Civil Veterinary Dept. Assam report 1927-50 - 1927-1950
Year: 1927
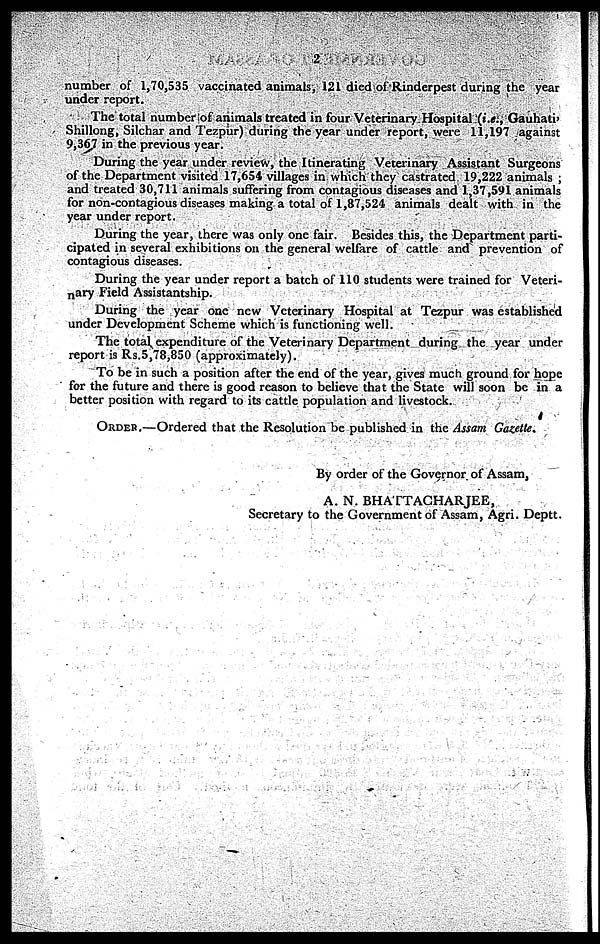
2
number of 1,70,535 vaccinated animals, 121 died of Rinderpest during the year
under report.
The total number of animals treated in four Veterinary Hospital (i.e., Gauhati,
Shillong, Silchar and Tezpur) during the year under report, were 11,197 against
9,36.7 in the previous year.
During the year under review, the Itinerating Veterinary Assistant Surgeons
of the Department visited 17,654 villages in which they castrated 19,222 animals ;
and treated 30,711 animals suffering from contagious diseases and 1,37,591 animals
for non-contagious diseases making a total of 1,87,524 animals dealt with in the
year under report.
During the year, there was only one fair. Besides this, the Department parti-
cipated in several exhibitions on the general welfare of cattle and prevention of
contagious diseases.
During the year under report a batch of 110 students were trained for Veteri-
nary Field Assistantship.
During the year one new Veterinary Hospital at Tezpur was established
under Development Scheme which is functioning well.
The total expenditure of the Veterinary Department during the year under
report is Rs.5,78,850 (approximately).
To be in such a position after the end of the year, gives much ground for hope
for the future and there is good reason to believe that the State will soon be in a
better position with regard to its cattle population and livestock.
ORDER—Ordered that the Resolution be published in the Assam Gazette.
By order of the Governor of Assam,
A. N. BHATTACHARJEE,
Secretary to the Government of Assam, Agri. Deptt.